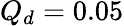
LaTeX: Q_{d}=0.05